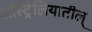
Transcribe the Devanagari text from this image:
ऑस्ट्रेलियातील्